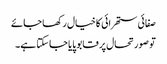
صفائی ستھرائی کا خیال رکھا جائے
تو صورتحال پر قابو پایا جاسکتا ہے۔